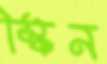
স্কিন